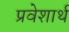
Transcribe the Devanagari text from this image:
प्रवेशार्थ